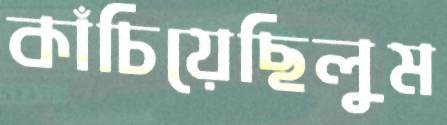
কাঁচিয়েছিলুম